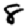
Digit: 8